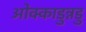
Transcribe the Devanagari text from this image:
ओक्काडुन्नडु